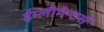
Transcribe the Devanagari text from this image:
ईम्लीमेन्टर्स